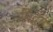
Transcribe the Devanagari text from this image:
गिद्धा